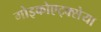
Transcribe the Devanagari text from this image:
गोइकोएट्क्सेया